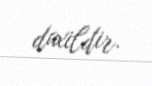
daxildir.